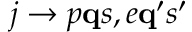
j \to p { \bf q } s , e { \bf q } ^ { \prime } s ^ { \prime }